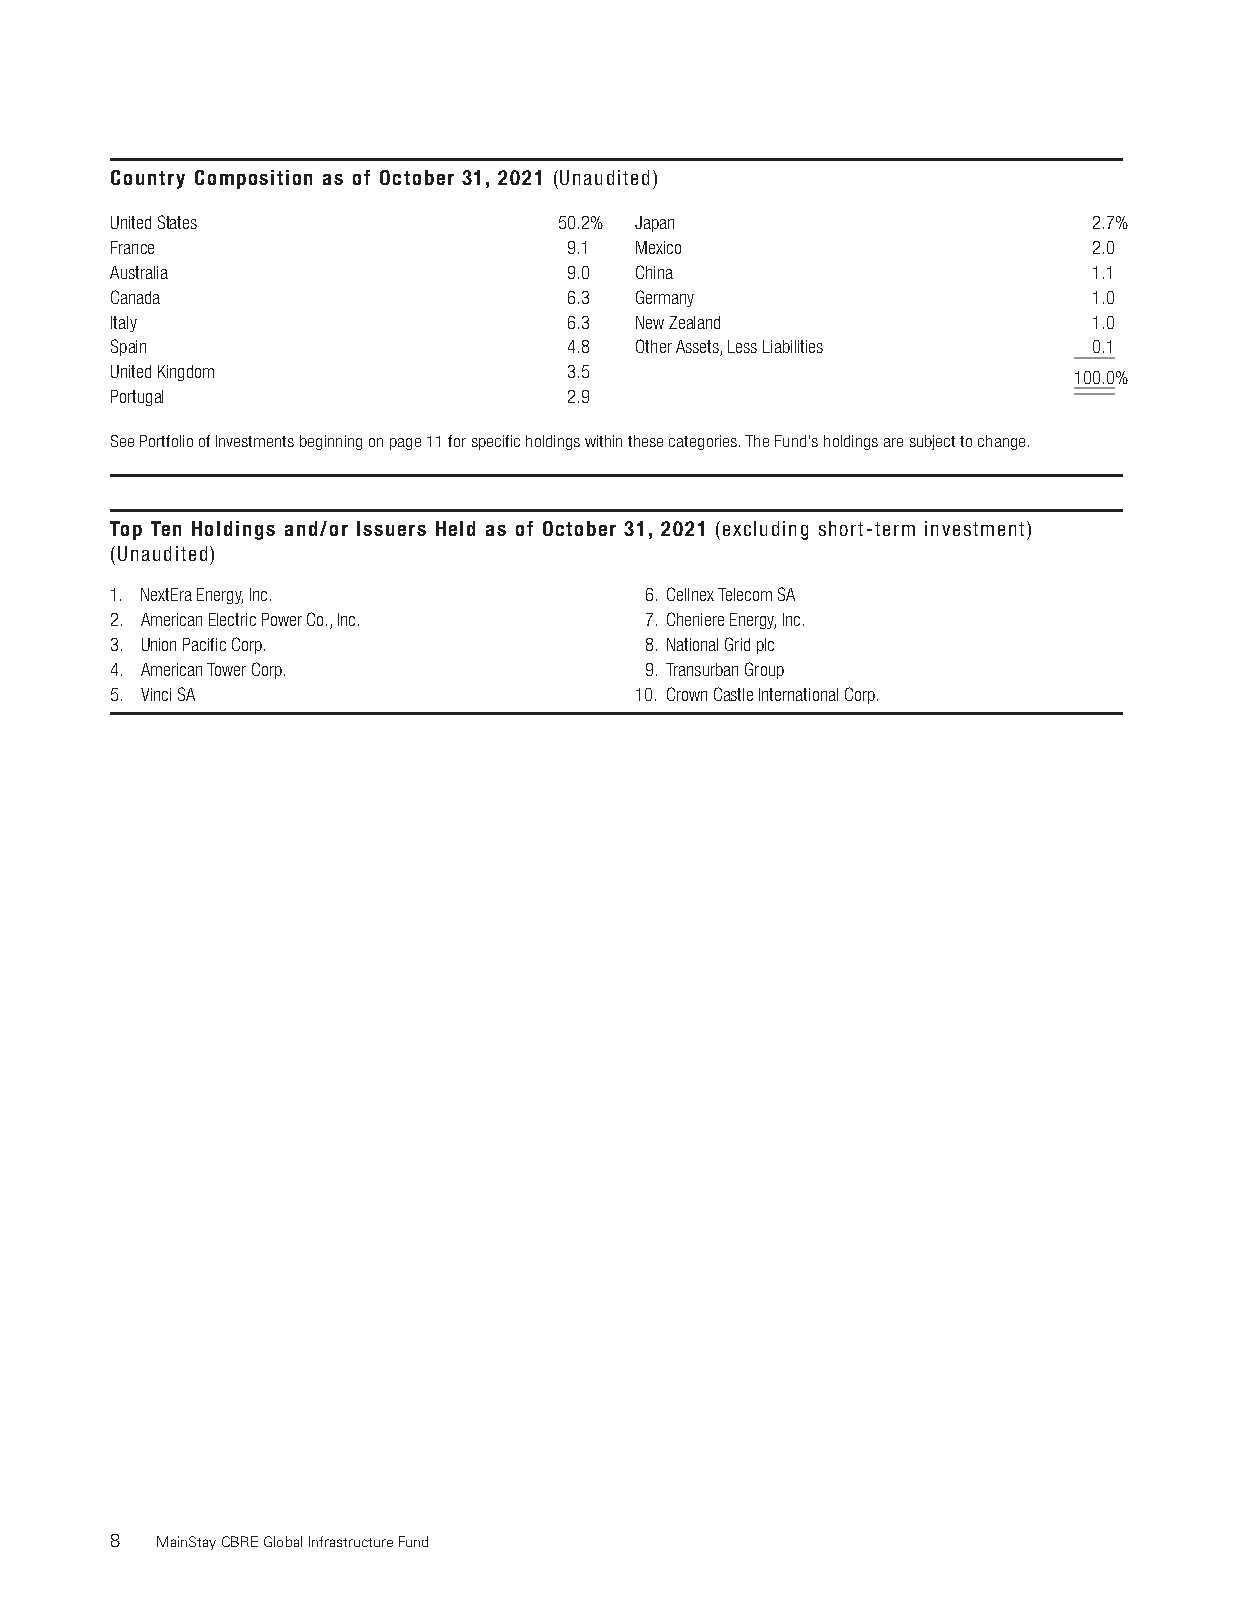
Country Composition as of October 31, 2021 (Unaudited)
 UnitedStates                  50.2% Japan                        2.7%
 France                         9.1 Mexico                        2.0
 Australia                      9.0 China                         1.1
 Canada                         6.3 Germany                       1.0
 Italy                          6.3 NewZealand                    1.0
 Spain                          4.8 OtherAssets,LessLiabilities   0.1
 UnitedKingdom                  3.5                              100.0%
 Portugal                       2.9
 SeePortfolioofInvestmentsbeginningonpage11forspecificholdingswithinthesecategories.TheFund'sholdingsaresubjecttochange.
 Top Ten Holdings and/or Issuers Held as of October 31, 2021 (excluding short-term investment)
 (Unaudited)
 1. NextEraEnergy,Inc.               6. CellnexTelecomSA
 2. AmericanElectricPowerCo.,Inc.    7. CheniereEnergy,Inc.
 3. UnionPacificCorp.                8. NationalGridplc
 4. AmericanTowerCorp.               9. TransurbanGroup
 5. VinciSA                         10. CrownCastleInternationalCorp.
 8  MainStayCBREGlobalInfrastructureFund